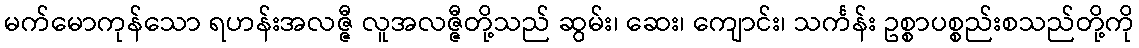
မက်မောကုန်သော ရဟန်းအလဇ္ဇီ လူအလဇ္ဇီတို့သည် ဆွမ်း၊ ဆေး၊ ကျောင်း၊ သင်္ကန်း ဥစ္စာပစ္စည်းစသည်တို့ကို